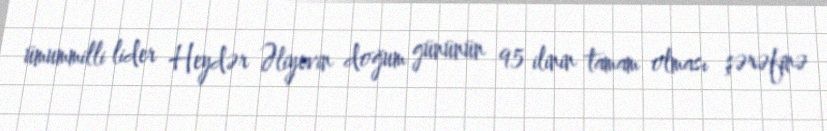
ümummilli lider Heydər Əliyevin doğum gününün 95 ilinin tamam olması şərəfinə